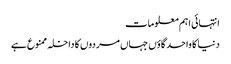
انتہائی اہم معلومات
دنیا کا واحد گاؤں جہاں مردوں کا داخلہ ممنوع ہے